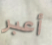
أعبر